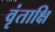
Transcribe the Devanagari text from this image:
वृंताक्षि